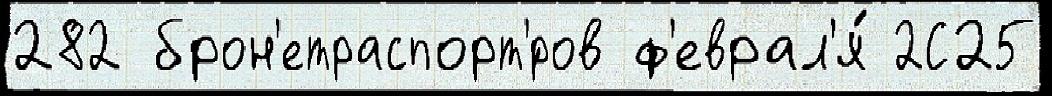
282 брон'етраспорт'́ров ф'еврал'я́ 2С25